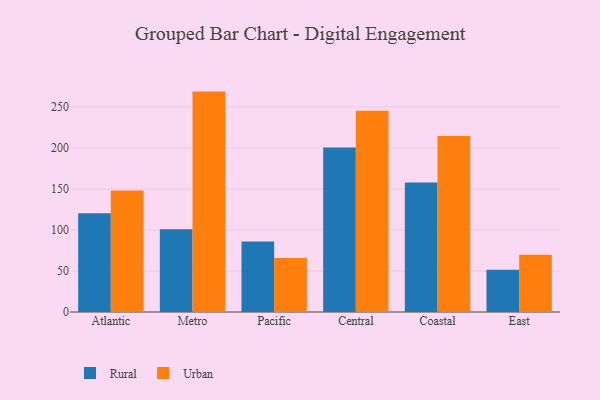
{"axis": {"x": "Region", "y": "Churn Rate (%)"}, "legend": ["Rural", "Urban"], "data": [{"x": "Atlantic", "y": 120.4, "type": "Rural"}, {"x": "Atlantic", "y": 148.2, "type": "Urban"}, {"x": "Metro", "y": 100.9, "type": "Rural"}, {"x": "Metro", "y": 268.8, "type": "Urban"}, {"x": "Pacific", "y": 86.1, "type": "Rural"}, {"x": "Pacific", "y": 66.0, "type": "Urban"}, {"x": "Central", "y": 200.7, "type": "Rural"}, {"x": "Central", "y": 245.3, "type": "Urban"}, {"x": "Coastal", "y": 158.0, "type": "Rural"}, {"x": "Coastal", "y": 214.7, "type": "Urban"}, {"x": "East", "y": 51.4, "type": "Rural"}, {"x": "East", "y": 69.8, "type": "Urban"}]}